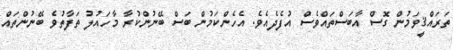
ތަރައްޤީވަމުން ގޮސް އާބަސްތައްވެސް އުފެދެއެވެ. އެހެންކަމުން ބަސް ބޭނުންކުރާ މާހައުލު ތަފާތުވެ ބޭނުންތައް